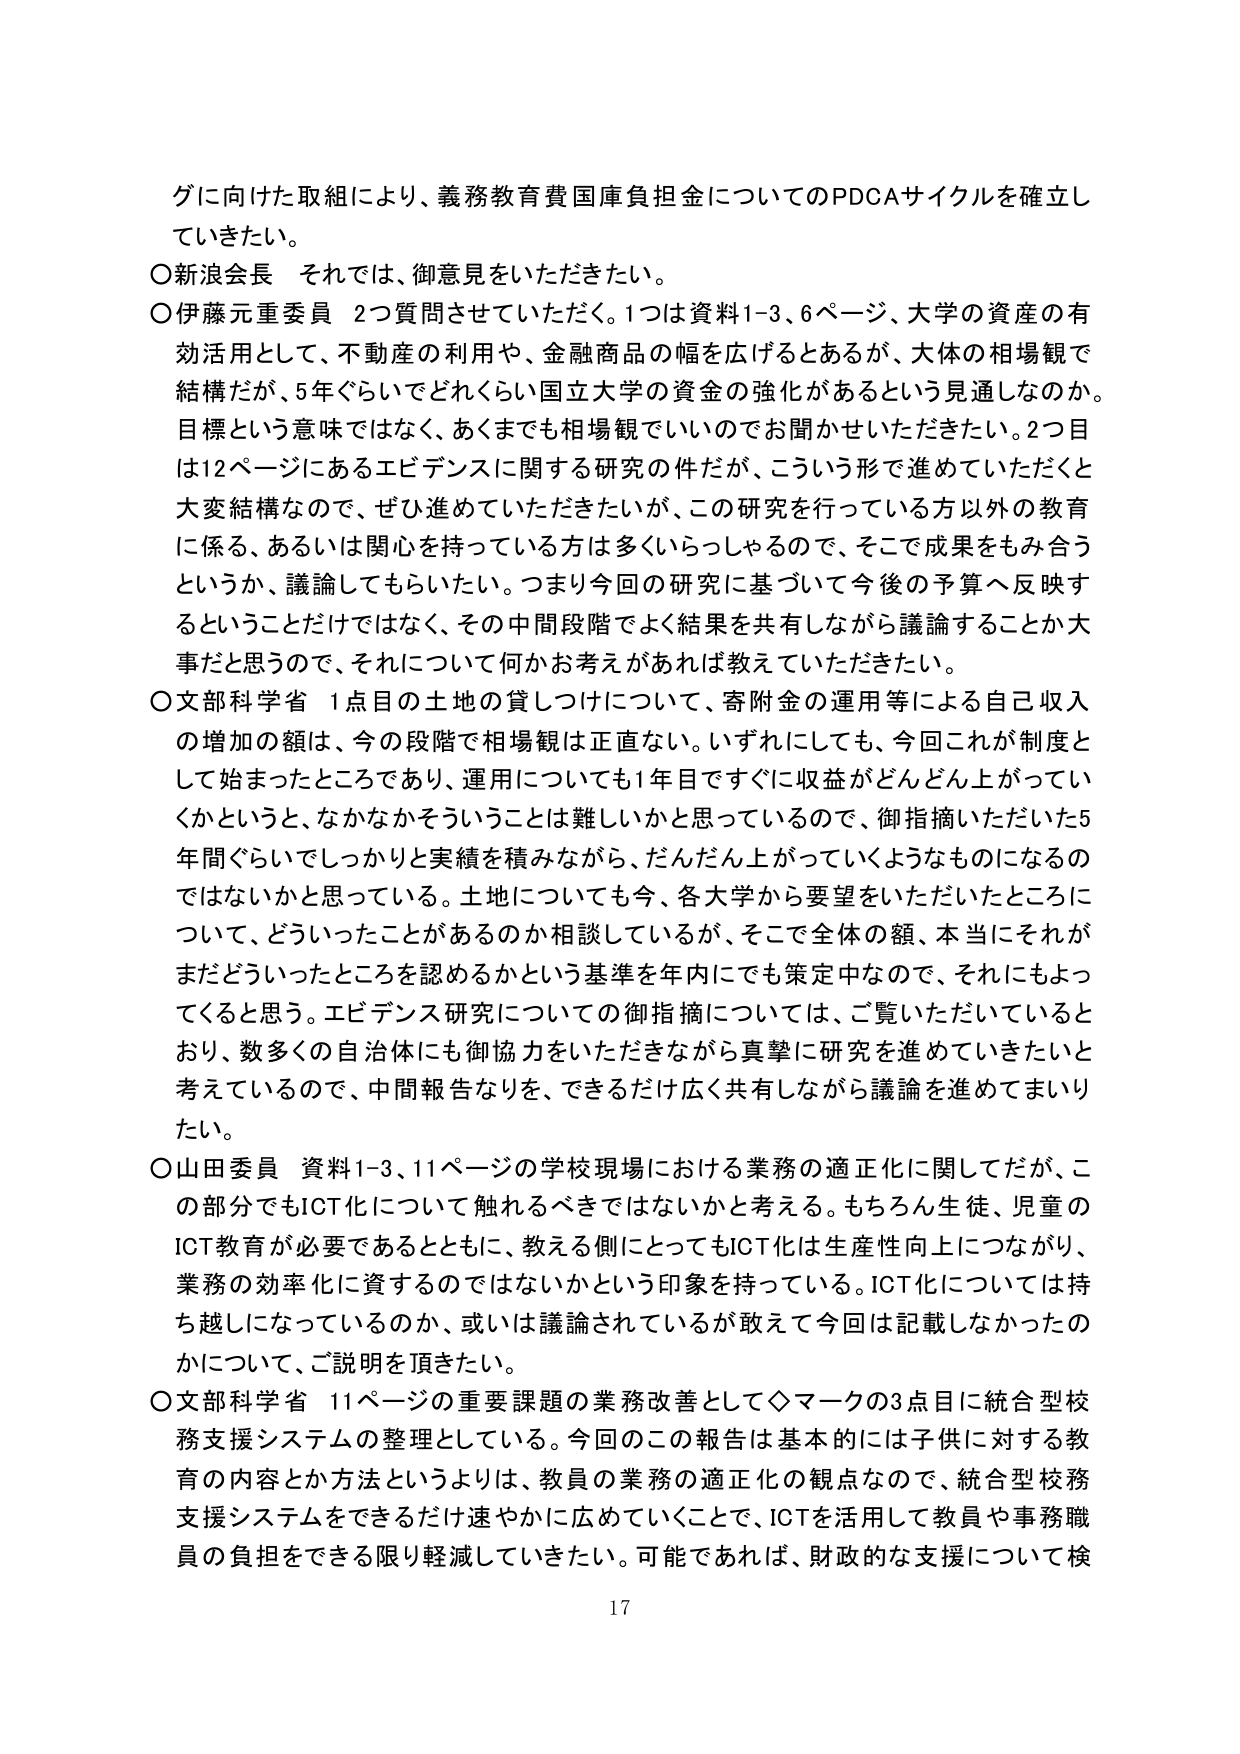
ゲに向けた取組により、義務教育費国庫負担金についてのPDCAサイクルを確立していきたい。

○新浪会長 それでは、御意見をいただきたい。

○伊藤元重委員 2つ質問させていただく。1つは資料1-3、6ページ、大学の資産の有効活用として、不動産の利用や、金融商品の幅を広げるとなるが、大体の相場観で結構だが、5年ぐらいでどれくらい国立大学の資金の強化があるという見通しなのか。目標という意味ではなく、あくまでも相場観でいいのでお聞かせいただきたい。2つ目は12ページにあるエビデンスに関する研究の件だが、こういう形で進めていただくと大変結構なので、ぜひ進めていただきたいが、この研究を行っている方以外の教育に係る、あるいは関心を持っている方は多くいらっしゃるので、そこで成果をもみ合うというか、議論してもらいたい。つまり今回の研究に基づいて今後の予算へ反映するということだけではなく、その中間段階でよく結果を共有しながら議論することか大事だと思うので、それについて何かお考えがあれば教えていただきたい。

○文部科学省 1点目の土地の貸しつけについて、寄附金の運用等による自己収入の増加の額は、今の段階で相場観は正直ない。いずれにしても、今回これが制度として始まったところであり、運用についても1年目ですぐに収益がどんどん上がっていいくかというと、なかなかそういうことは難しいかと思っているので、御指摘いただいた5年間ぐらいでしっかり実績を積みながら、だんだん上がっていいくようなものになるのではないかと思っている。土地についても今、各大学から要望をいただいたところについて、どういったことがあるのか相談しているが、そこで全体の額、本当にそれがまだどういったところを認めるかという基準を年内にでも策定中なので、それにもよってくると思う。エビデンス研究についての御指摘については、ご覧いただいているとおり、数多くの自治体にも御協力をいただきながら真摯に研究を進めていきたいと考えているので、中間報告なりを、できるだけ広く共有しながら議論を進めてまいりたい。

○山田委員 資料1-3、11ページの学校現場における業務の適正化に関してだが、この部分でもICT化について触れるべきではないかと考える。もちろん生徒、児童のICT教育が必要であるとともに、教える側にとってもICT化は生産性向上につながり、業務の効率化に資するのではないかという印象を持っている。ICT化については持ち越しがなっているのか、或いは議論されているが敢えて今回は記載しなかったのかについて、ご説明を頂きたい。

○文部科学省 11ページの重要課題の業務改善として◇マークの3点目に統合型校務支援システムの整理としている。今回のこの報告は基本的には子供に対する教育の内容とか方法というよりは、教員の業務の適正化の観点なので、統合型校務支援システムをできるだけ速やかに広めていくことで、ICTを活用して教員や事務職員の負担をできる限り軽減していきたい。可能であれば、財政的な支援について検

17